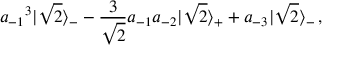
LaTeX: { a _ { - 1 } } ^ { 3 } | \sqrt 2 \rangle _ { - } - { \frac { 3 } { \sqrt 2 } } a _ { - 1 } a _ { - 2 } | \sqrt 2 \rangle _ { + } + a _ { - 3 } | \sqrt 2 \rangle _ { - } \, ,